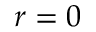
r = 0